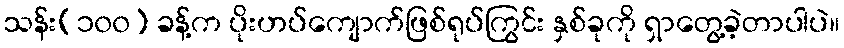
သန်း(၁၀၀) ခန့်က ပိုးဟပ်ကျောက်ဖြစ်ရုပ်ကြွင်း နှစ်ခုကို ရှာတွေ့ခဲ့တာပါပဲ။